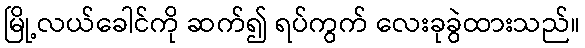
မြို့လယ်ခေါင်ကို ဆက်၍ ရပ်ကွက် လေးခုခွဲထားသည်။